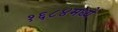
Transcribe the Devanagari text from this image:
१६८४मध्ये